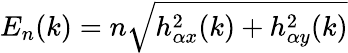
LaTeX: E_{n}(k)=n\sqrt{h_{\alpha x}^{2}(k)+h_{\alpha y}^{2}(k)}